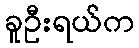
ခူဦးရယ်က